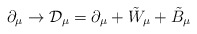
\begin{align*}\partial_{\mu} \rightarrow {\cal{D}}_{\mu} = \partial_{\mu} +{\tilde{W}}_{\mu} + {\tilde{B}}_{\mu}\end{align*}